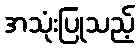
အသုံးပြုသည့်